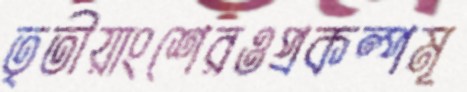
তৃতীয়াংশেরওপ্রকল্পমূ